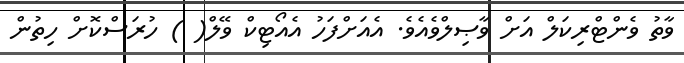
ވާތު ވެންޓްރިކަލް އަށް ވާޞިލްވެއެވެ. އެއަށްފަހު އެއޯޓިކް ވޭލް( ) ހުރަސްކޮށް ހިތުން